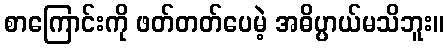
စာကြောင်းကို ဖတ်တတ်ပေမဲ့ အဓိပ္ပာယ်မသိဘူး။